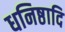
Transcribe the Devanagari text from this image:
धनिष्ठादि